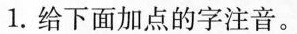
1.给下面加点的字注音。